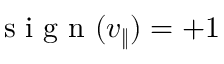
\mathrm { ~ s ~ i ~ g ~ n ~ } ( v _ { \| } ) = + 1